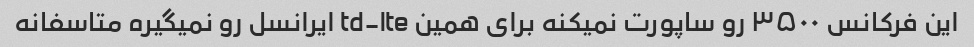
این فرکانس ۳۵۰۰ رو ساپورت نمیکنه برای همین td-lte ایرانسل رو نمیگیره متاسفانه